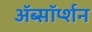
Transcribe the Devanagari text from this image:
ॲब्सॉर्प्शन